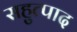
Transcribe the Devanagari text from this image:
सहुत्पाद